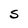
Character: S